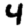
Digit: 4